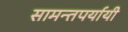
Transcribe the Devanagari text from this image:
सामन्तपर्यायी